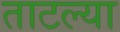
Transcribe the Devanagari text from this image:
ताटल्या